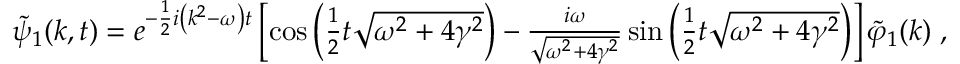
\begin{array} { r } { \widetilde { \psi } _ { 1 } ( k , t ) = e ^ { - \frac { 1 } { 2 } i \left( k ^ { 2 } - \omega \right) t } \left[ \cos \left( \frac { 1 } { 2 } t \sqrt { \omega ^ { 2 } + 4 \gamma ^ { 2 } } \right) - \frac { i \omega } { \sqrt { \omega ^ { 2 } + 4 \gamma ^ { 2 } } } \sin \left( \frac { 1 } { 2 } t \sqrt { \omega ^ { 2 } + 4 \gamma ^ { 2 } } \right) \right] \widetilde { \varphi } _ { 1 } ( k ) \; , } \end{array}